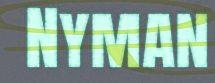
Nyman